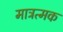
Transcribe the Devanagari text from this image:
मात्रत्मक